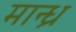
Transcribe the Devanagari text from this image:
मान्ध्र